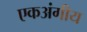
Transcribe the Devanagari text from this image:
एकअंगीय